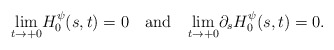
\begin{align*}\underset{t\rightarrow +0}\lim H_{0}^{\psi}(s,t)=0 ~~\mbox{ and }~~\underset{t\rightarrow +0}\lim \partial_s H_{0}^{\psi}(s,t)=0. \end{align*}